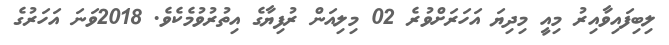
ލިބިފައިވާއިރު މިއީ މިދިޔަ އަހަރަށްވުރެ 02 މިލިއަން ރުފިޔާގެ އިތުރުވުމެކެވެ. 2018ވަނަ އަހަރުގެ